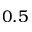
0 . 5